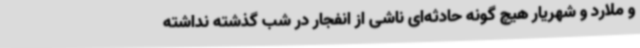
و ملارد و شهریار هیچ گونه حادثه‌ای ناشی از انفجار در شب گذشته نداشته